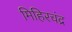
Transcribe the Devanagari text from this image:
मिहिरचंद्र